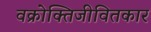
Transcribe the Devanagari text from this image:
वक्रोक्तिजीवितकार